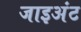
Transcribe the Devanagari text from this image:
जाइअंट